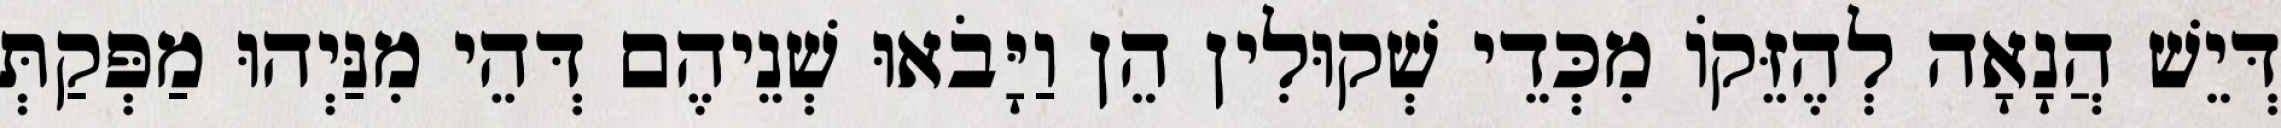
דְּיֵשׁ הֲנָאָה לְהֶזֵּקוֹ מִכְּדֵי שְׁקוּלִין הֵן וַיָּבֹאוּ שְׁנֵיהֶם דְּהֵי מִנַּיְהוּ מַפְּקַתְּ